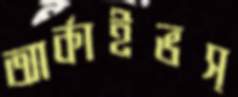
আর্কাইভস্